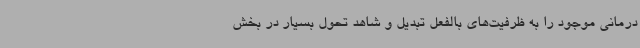
درمانی موجود را به ظرفیت‌های بالفعل تبدیل و شاهد تحول بسیار در بخش